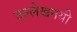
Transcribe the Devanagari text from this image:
उल्लेखनयी